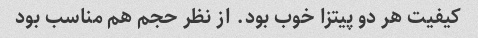
کیفیت هر دو پیتزا خوب بود. از نظر حجم هم مناسب بود